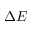
\Delta E